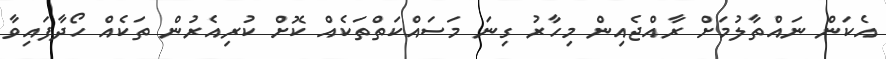
އެކަން ނައްތާލުމަށް ރާއްޖެއިން މިހާރު ގިނަ މަސައްކަތްތަކެއް ކޮށް ކުރިއެރުން ތަކެއް ހޯދާފައިވާ